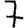
Digit: 7